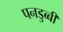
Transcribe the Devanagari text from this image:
पनडुब्‍बी